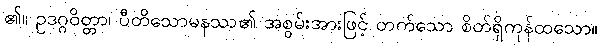
၏။ ဥဒဂ္ဂဝိတ္တာ၊ ပီတိသောမနဿ၏ အစွမ်းအားဖြင့် တက်သော စိတ်ရှိကုန်ထသော။